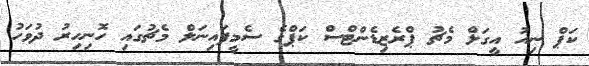
ކަޕް ނިއު އީގަލް މެޗު ޕްރެޒިޑެންޓްސް ކަޕްގެ ސެމީފައިނަލް މެޗުގައި ހޮނިހިރު ދުވަހު